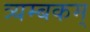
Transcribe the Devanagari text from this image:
त्र्यम्‍बकम्